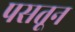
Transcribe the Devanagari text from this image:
पसतून